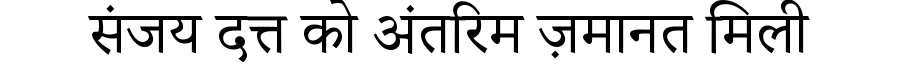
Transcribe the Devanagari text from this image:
संजय दत्त को अंतरिम ज़मानत मिली